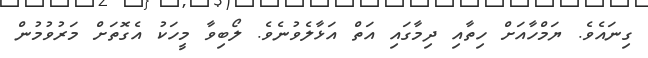
ގިނައެވެ. ޔަމްހާއަށް ހިތާއި ދިމާގައި އަތް އަޅާލެވުނެވެ. ލޯބިވާ މީހަކު އެގޮތަށް މަރުވުމުން